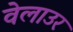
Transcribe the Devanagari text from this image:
वेलाउर